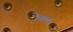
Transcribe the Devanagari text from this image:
हेछ